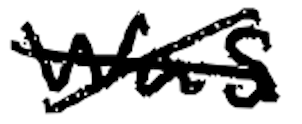
Text: was
Cross-out: cross
Writing tool: digital_black